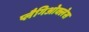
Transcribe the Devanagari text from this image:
प्लैगिओक्लेस